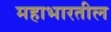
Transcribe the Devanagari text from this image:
महाभारतील